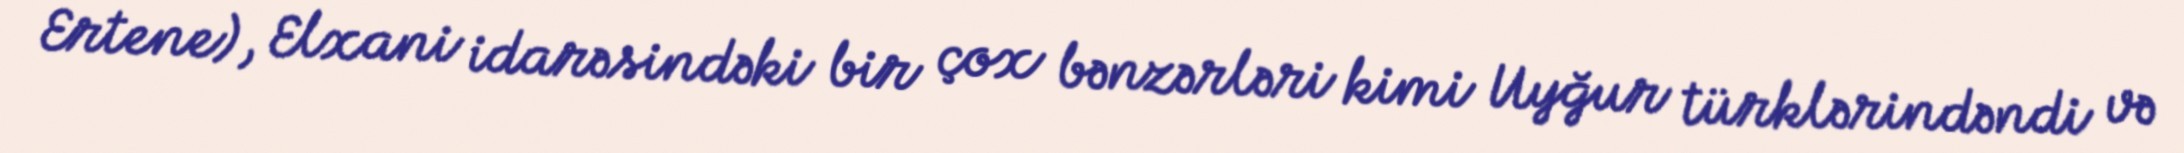
Ertene), Elxani idarəsindəki bir çox bənzərləri kimi Uyğur türklərindəndi və